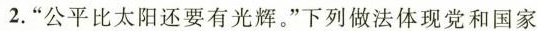
2. ”公平比太阳还要有光辉。”下列做法体现党和国家